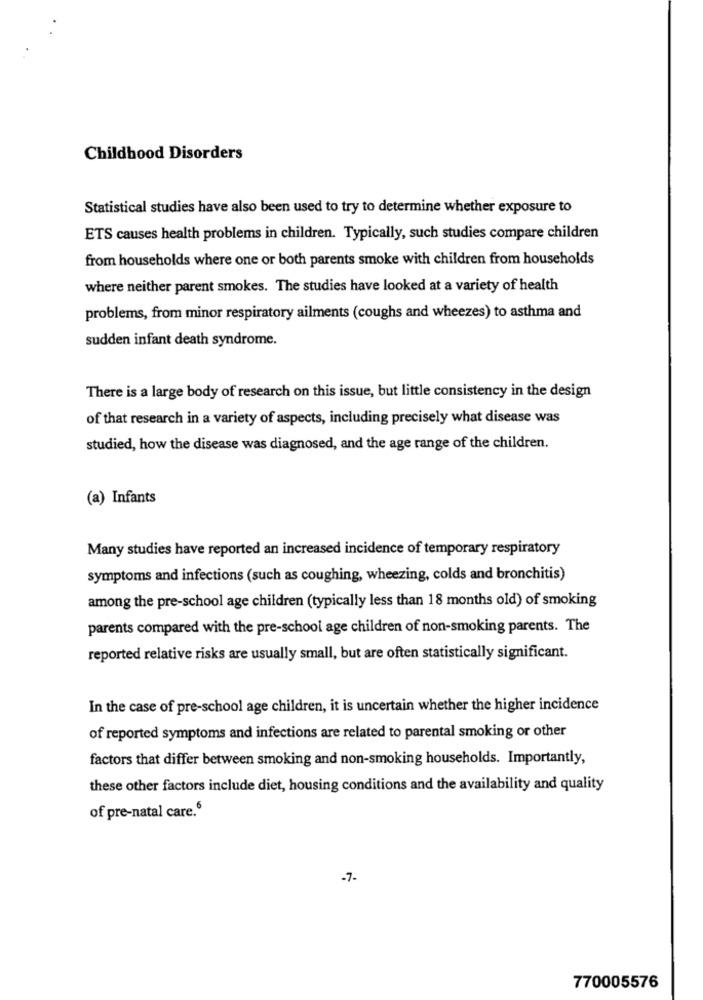
Childhood Disorders
Statistical studies have also been used to try to determine whether exposure to
ETS causes health problems in children. Typically, such studies compare children
from households where one or both parents smoke with children from households
where neither parent smokes. The studies have looked at a variety of health
problems, from minor respiratory ailments (coughs and wheezes) to asthma and
sudden infant death syndrome.
There is a large body of research on this issue, but little consistency in the design
of that research in a variety of aspects, including precisely what disease was
studied, how the disease was diagnosed, and the age range of the children.
(a) Infants
Many studies have reported an increased incidence of temporary respiratory
symptoms and infections (such as coughing, wheezing, colds and bronchitis)
among the pre-school age children (typically less than 18 months old) of smoking
parents compared with the pre-school age children of non-smoking parents. The
reported relative risks are usually small, but are often statistically significant.
In the case of pre-school age children, it is uncertain whether the higher incidence
of reported symptoms and infections are related to parental smoking or other
factors that differ between smoking and non-smoking households. Importantly,
these other factors include diet, housing conditions and the availability and quality
of pre-natal care.6
-7-
770005576